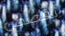
بقصص